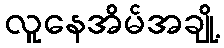
လူနေအိမ်အချို့